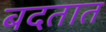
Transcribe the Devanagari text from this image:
बदतात